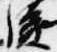
後